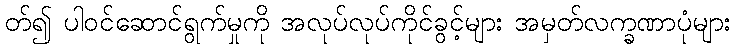
တ်၍ ပါဝင်ဆောင်ရွက်မှုကို အလုပ်လုပ်ကိုင်ခွင့်များ အမှတ်လက္ခဏာပုံများ